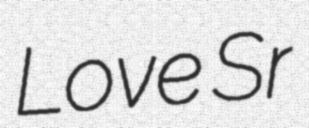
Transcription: Love Sr